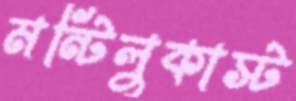
মন্টিলুকাস্ট